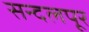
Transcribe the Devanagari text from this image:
सन्दलपूर